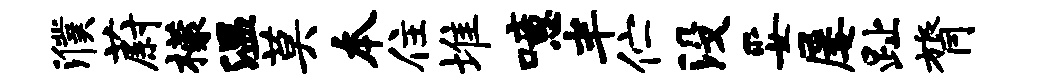
濮蔚檬温莫本住堆噫半伫没妥屡趾膂